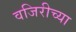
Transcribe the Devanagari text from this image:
वजिरीच्या